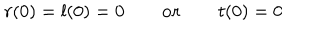
r ( 0 ) = l ( 0 ) = 0 \qquad { \bf o r } \qquad t ( 0 ) = 0